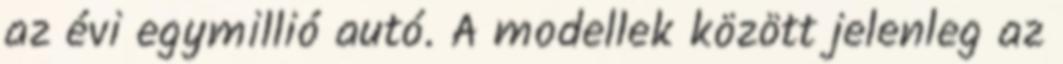
az évi egymillió autó. A modellek között jelenleg az